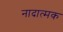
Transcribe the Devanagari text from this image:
नादात्मक